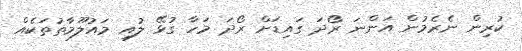
ކުރިން ނެރެމުން އަންނަ ރޯދަ ގައިޑަށް ރޯދަ މަހާ ގުޅޭ ލުއި މައުލޫމާތުތަކެއް